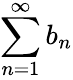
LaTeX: \sum_{n=1}^{\infty}b_{n}